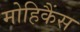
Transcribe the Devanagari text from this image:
मोहिकैंस